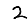
Digit: 2